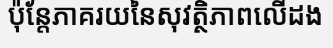
ប៉ុន្តែភាគរយនៃសុវត្ថិភាពលើដង